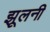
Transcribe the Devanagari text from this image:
झूलनी